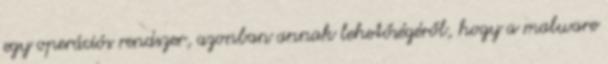
egy operációs rendszer, azonban annak lehetőségéről, hogy a malware